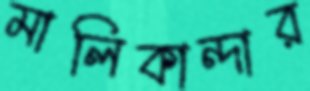
মালিকান্দার